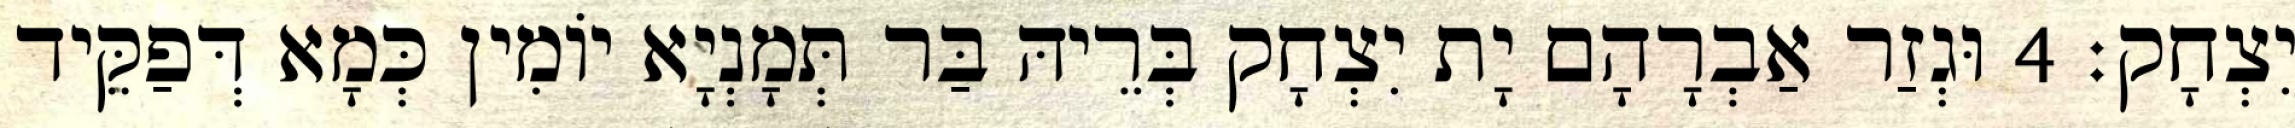
יִצְחָק׃ 4 וּגְזַר אַבְרָהָם יָת יִצְחָק בְּרֵיהּ בַּר תְּמָנְיָא יוֹמִין כְּמָא דְּפַקֵּיד